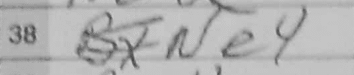
Transcription: Ne4